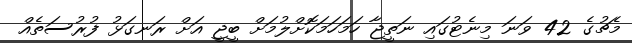
މެޗުގެ 42 ވަނަ މިނެޓުގައި ނަތީޖާ ހަމަހަމަކޮށްލުމަށް ބީޖީ އަށް ރަނގަޅު ފުރުސަތެއް